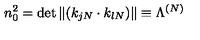
n _ { 0 } ^ { 2 } = \det \| ( k _ { j N } \cdot k _ { l N } ) \| \equiv \Lambda ^ { ( N ) }